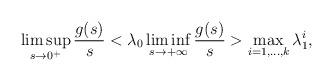
LaTeX: \begin{align*}\limsup_{s\to 0^{+}} \dfrac{g(s)}{s} < \lambda_{0} \liminf_{s\to +\infty} \dfrac{g(s)}{s} > \max_{i=1,\ldots,k}\lambda_{1}^{i},\end{align*}